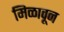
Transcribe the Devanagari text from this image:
मिळावून